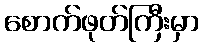
စောက်ဖုတ်ကြီးမှာ